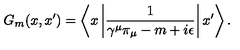
G _ { m } ( x , x ^ { \prime } ) = \left\langle x \left| \frac 1 { \gamma ^ { \mu } \pi _ { \mu } - m + i \epsilon } \right| x ^ { \prime } \right\rangle .